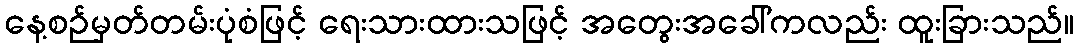
နေ့စဉ်မှတ်တမ်းပုံစံဖြင့် ရေးသားထားသဖြင့် အတွေးအခေါ်ကလည်း ထူးခြားသည်။